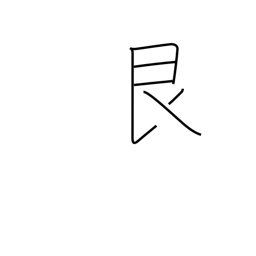
Meaning: stopping